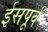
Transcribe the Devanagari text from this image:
ईसपूर्व